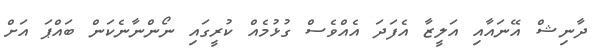
ދާނިޝް އޭނައާއި އަލީޒާ އެފަދަ އެއްވެސް ގުޅުމެއް ކުރީގައި ނޯންނާނެކަން ބައްޕަ އަށް